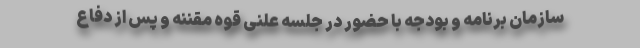
سازمان برنامه و بودجه با حضور در جلسه علنی قوه مقننه و پس از دفاع